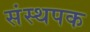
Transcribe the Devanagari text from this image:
संस्थपक